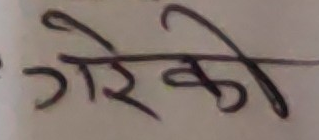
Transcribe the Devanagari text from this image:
गरेको